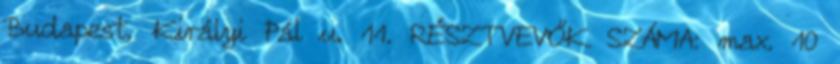
Budapest, Királyi Pál u. 11. RÉSZTVEVŐK SZÁMA: max. 10